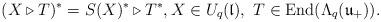
LaTeX: \begin{align*}(X \triangleright T)^* = S(X)^* \triangleright T^*, X \in U_q(\mathfrak{l}), \ T \in \mathrm{End}(\Lambda_q(\mathfrak{u}_+)).\end{align*}